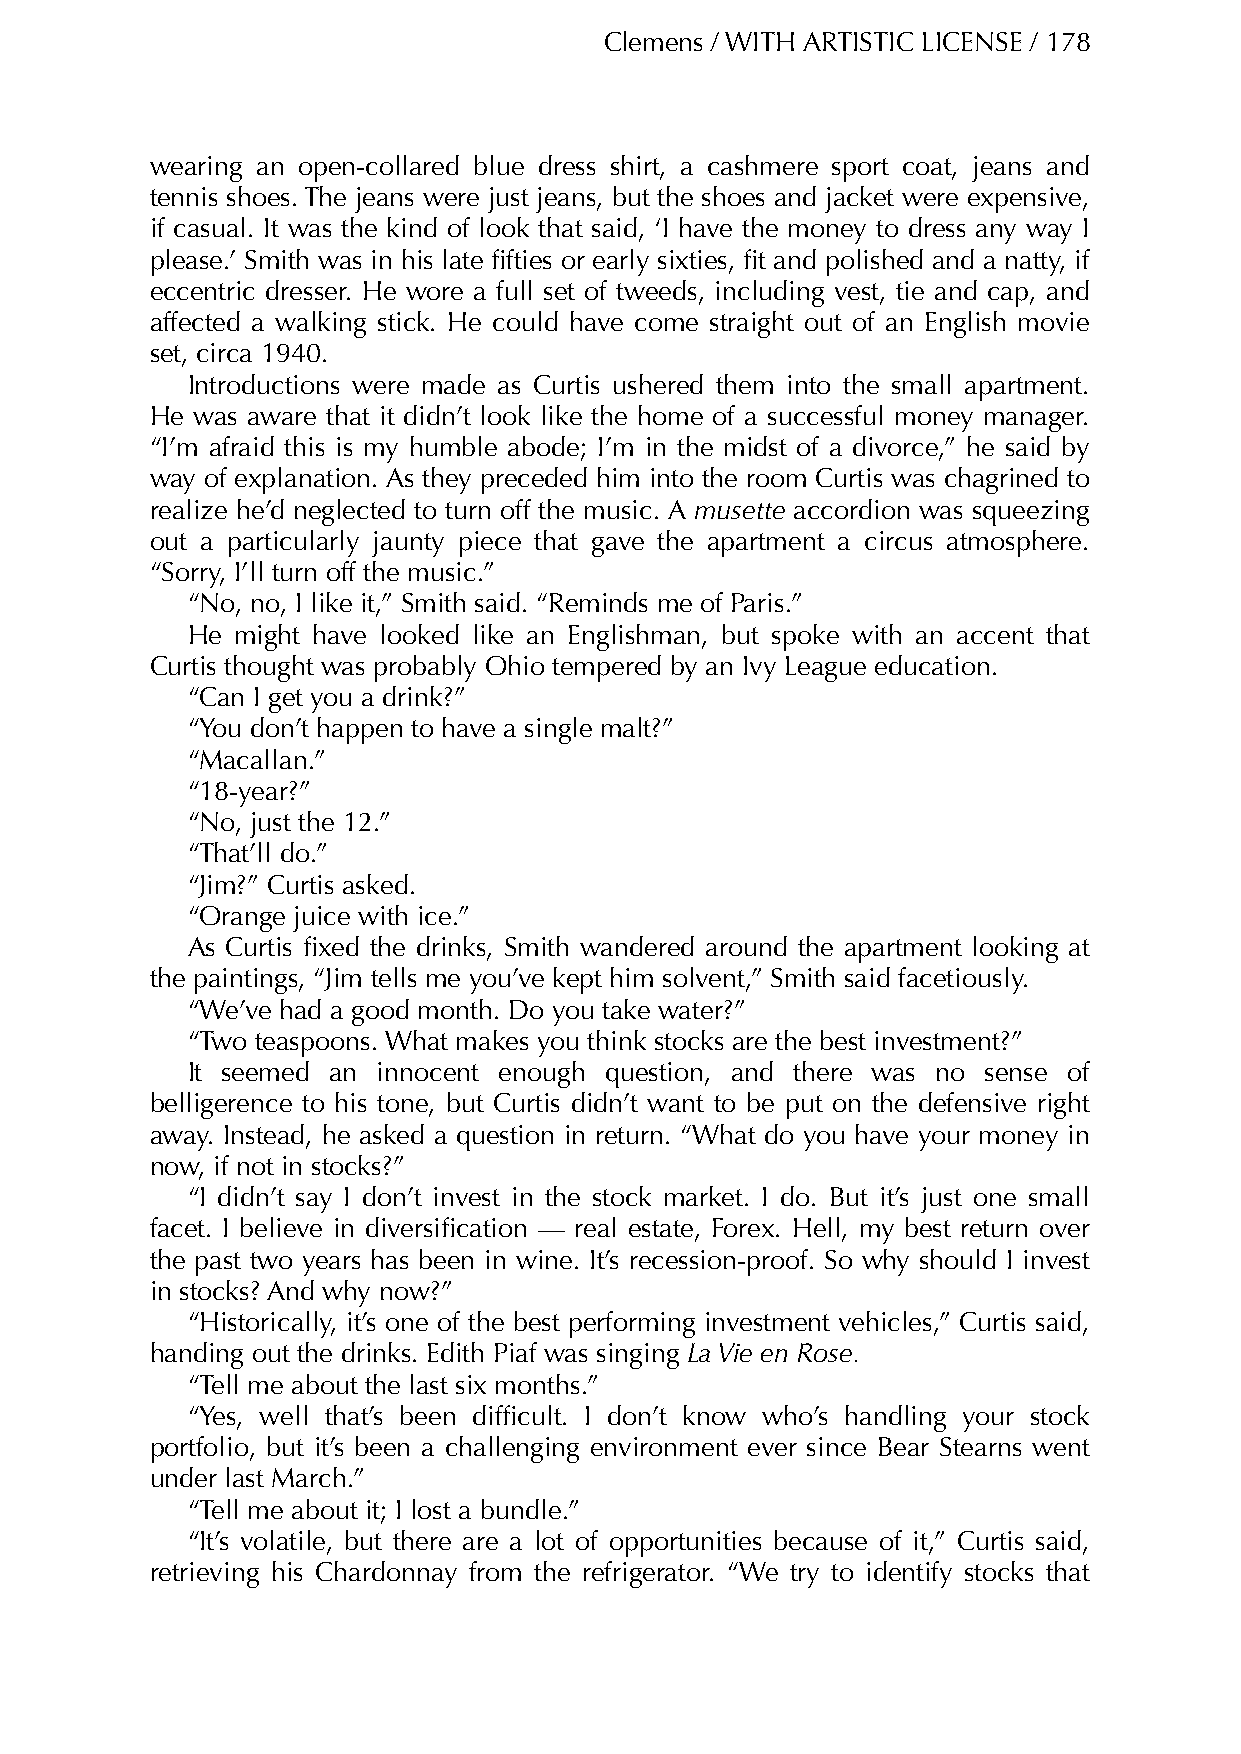
Clemens / WITH ARTISTIC LICENSE / 178
 wearing an open-collared blue dress shirt, a cashmere sport coat, jeans and
 tennis shoes. The jeans were just jeans, but the shoes and jacket were expensive,
 if casual. It was the kind of look that said, ‘I have the money to dress any way I
 please.’ Smith was in his late fifties or early sixties, fit and polished and a natty, if
 eccentric dresser. He wore a full set of tweeds, including vest, tie and cap, and
 affected a walking stick. He could have come straight out of an English movie
 set, circa 1940.
 Introductions were made as Curtis ushered them into the small apartment.
 He was aware that it didn’t look like the home of a successful money manager.
 “I’m afraid this is my humble abode; I’m in the midst of a divorce,” he said by
 way of explanation. As they preceded him into the room Curtis was chagrined to
 realize he’d neglected to turn off the music. A musette accordion was squeezing
 out a particularly jaunty piece that gave the apartment a circus atmosphere.
 “Sorry, I’ll turn off the music.”
 “No, no, I like it,” Smith said. “Reminds me of Paris.”
 He  might have looked like an Englishman, but spoke with an accent that
 Curtis thought was probably Ohio tempered by an Ivy League education.
 “Can I get you a drink?”
 “You don’t happen to have a single malt?”
 “Macallan.”
 “18-year?”
 “No, just the 12.”
 “That’ll do.”
 “Jim?” Curtis asked.
 “Orange juice with ice.”
 As Curtis fixed the drinks, Smith wandered around the apartment looking at
 the paintings, “Jim tells me you’ve kept him solvent,” Smith said facetiously.
 “We’ve had a good month. Do you take water?”
 “Two teaspoons. What makes you think stocks are the best investment?”
 It seemed an innocent enough question, and there was no sense of
 belligerence to his tone, but Curtis didn’t want to be put on the defensive right
 away. Instead, he asked a question in return. “What do you have your money in
 now, if not in stocks?”
 “I didn’t say I don’t invest in the stock market. I do. But it’s just one small
 facet. I believe in diversification — real estate, Forex. Hell, my best return over
 the past two years has been in wine. It’s recession-proof. So why should I invest
 in stocks? And why now?”
 “Historically, it’s one of the best performing investment vehicles,” Curtis said,
 handing out the drinks. Edith Piaf was singing La Vie en Rose.
 “Tell me about the last six months.”
 “Yes, well that’s been difficult. I don’t know who’s handling your stock
 portfolio, but it’s been a challenging environment ever since Bear Stearns went
 under last March.”
 “Tell me about it; I lost a bundle.”
 “It’s volatile, but there are a lot of opportunities because of it,” Curtis said,
 retrieving his Chardonnay from the refrigerator. “We try to identify stocks that